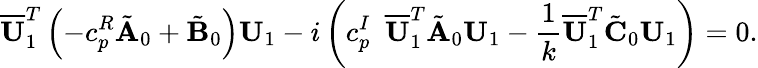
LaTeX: \overline{{\mathbf{U}}}_{1}^{T}\left(-c_{p}^{R}\tilde{\mathbf{A}}_{0}+\tilde{\mathbf{B}}_{0}\right)\mathbf{U}_{1}-i\left(c_{p}^{I}\ \ \overline{{\mathbf{U}}}_{1}^{T}\tilde{\mathbf{A}}_{0}\mathbf{U}_{1}-\frac{1}{k}\overline{{\mathbf{U}}}_{1}^{T}\tilde{\mathbf{C}}_{0}\mathbf{U}_{1}\right)=0.